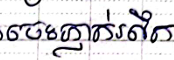
ចេះភ្ញាក់រលឹក